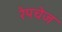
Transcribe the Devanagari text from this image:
रेपचेज